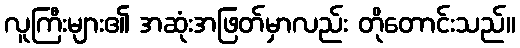
လူကြီးများ၏ အဆုံးအဖြတ်မှာလည်း တိုတောင်းသည်။